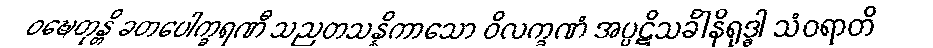
ဝဍ္ဎေတုန္တိ ခတပေါက္ခရဏီ သညတသန္နိကာသော ဝိလက္ခဏံ အပ္ပဋိသင်္ခါနိရုဒ္ဓါ သံဝရာတိ